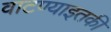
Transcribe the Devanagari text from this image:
वाटण्याइतकी